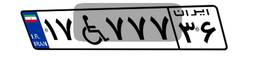
۵۷W۳۷۱۸۵